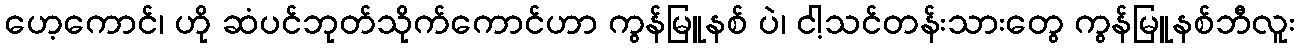
ဟေ့ကောင်၊ ဟို ဆံပင်ဘုတ်သိုက်ကောင်ဟာ ကွန်မြူနစ် ပဲ၊ ငါ့သင်တန်းသားတွေ ကွန်မြူနစ်ဘီလူး